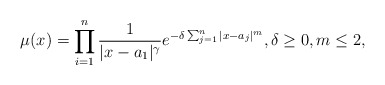
\begin{align*}\mu(x)=\prod_{i=1}^n\frac{1}{|x-a_1|^\gamma}e^{-\delta\sum_{j=1}^n|x-a_j|^m},\delta\ge 0,m\le 2, \end{align*}